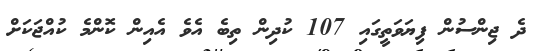
ދެ ޖިންސުން ފިޔަވަތީގައި 107 ކުދިން ތިބެ އެވެ އެއިން ކޮންމެ ކުއްޖަކަށް